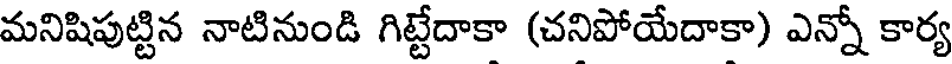
మనిషిపుట్టిన నాటినుండి గిట్టేదాకా (చనిపోయేదాకా) ఎన్నో కార్య